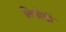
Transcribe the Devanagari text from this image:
तिपोडी